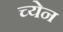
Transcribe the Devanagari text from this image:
च्येन